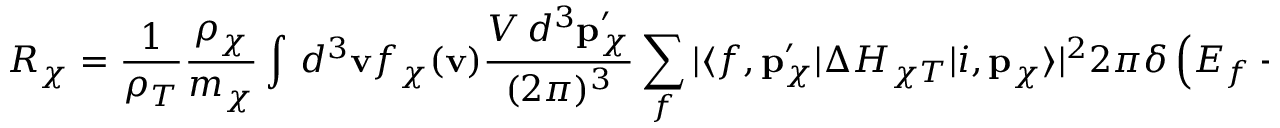
R _ { \chi } = \frac { 1 } { \rho _ { T } } \frac { \rho _ { \chi } } { m _ { \chi } } \int \, d ^ { 3 } \mathbf { v } f _ { \chi } ( \mathbf { v } ) \frac { V \, d ^ { 3 } \mathbf { p } _ { \chi } ^ { \prime } } { ( 2 \pi ) ^ { 3 } } \sum _ { f } | \langle f , \mathbf { p } _ { \chi } ^ { \prime } | \Delta H _ { \chi T } | i , \mathbf { p } _ { \chi } \rangle | ^ { 2 } 2 \pi \delta \left( E _ { f } - E _ { i } + E _ { \chi } ^ { \prime } - E _ { \chi } \right) ,